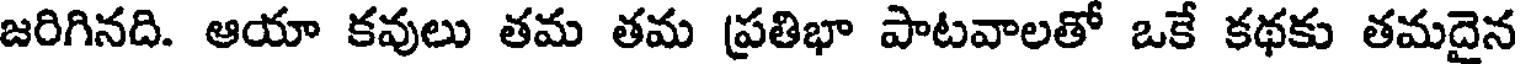
జరిగినది. ఆయా కవులు తమ తమ ప్రతిభా పాటవాలతో ఒకే కథకు తమదైన